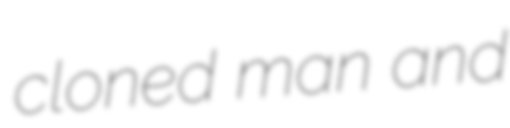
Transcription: cloned man and